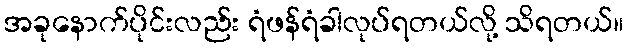
အခုနောက်ပိုင်းလည်း ရံဖန်ရံခါလုပ်ရတယ်လို့ သိရတယ်။